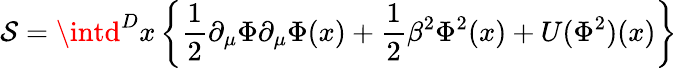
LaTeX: \mathcal{S}=\intd^{D}x\left\{ \frac{{1}}{{2}}\partial_{\mu}\Phi\partial_{\mu}\Phi(x)+\frac{{1}}{{2}}\beta^{2}\Phi^{2}(x)+U(\Phi^{2})(x)\right\}